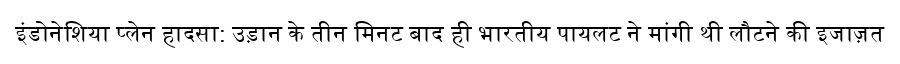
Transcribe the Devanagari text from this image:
इंडोनेशिया प्लेन हादसा: उड़ान के तीन मिनट बाद ही भारतीय पायलट ने मांगी थी लौटने की इजाज़त